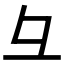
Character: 彑